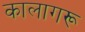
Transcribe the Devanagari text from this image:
कालागरू